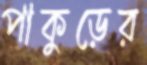
পাকুড়ের